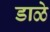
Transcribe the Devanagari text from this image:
डाळे